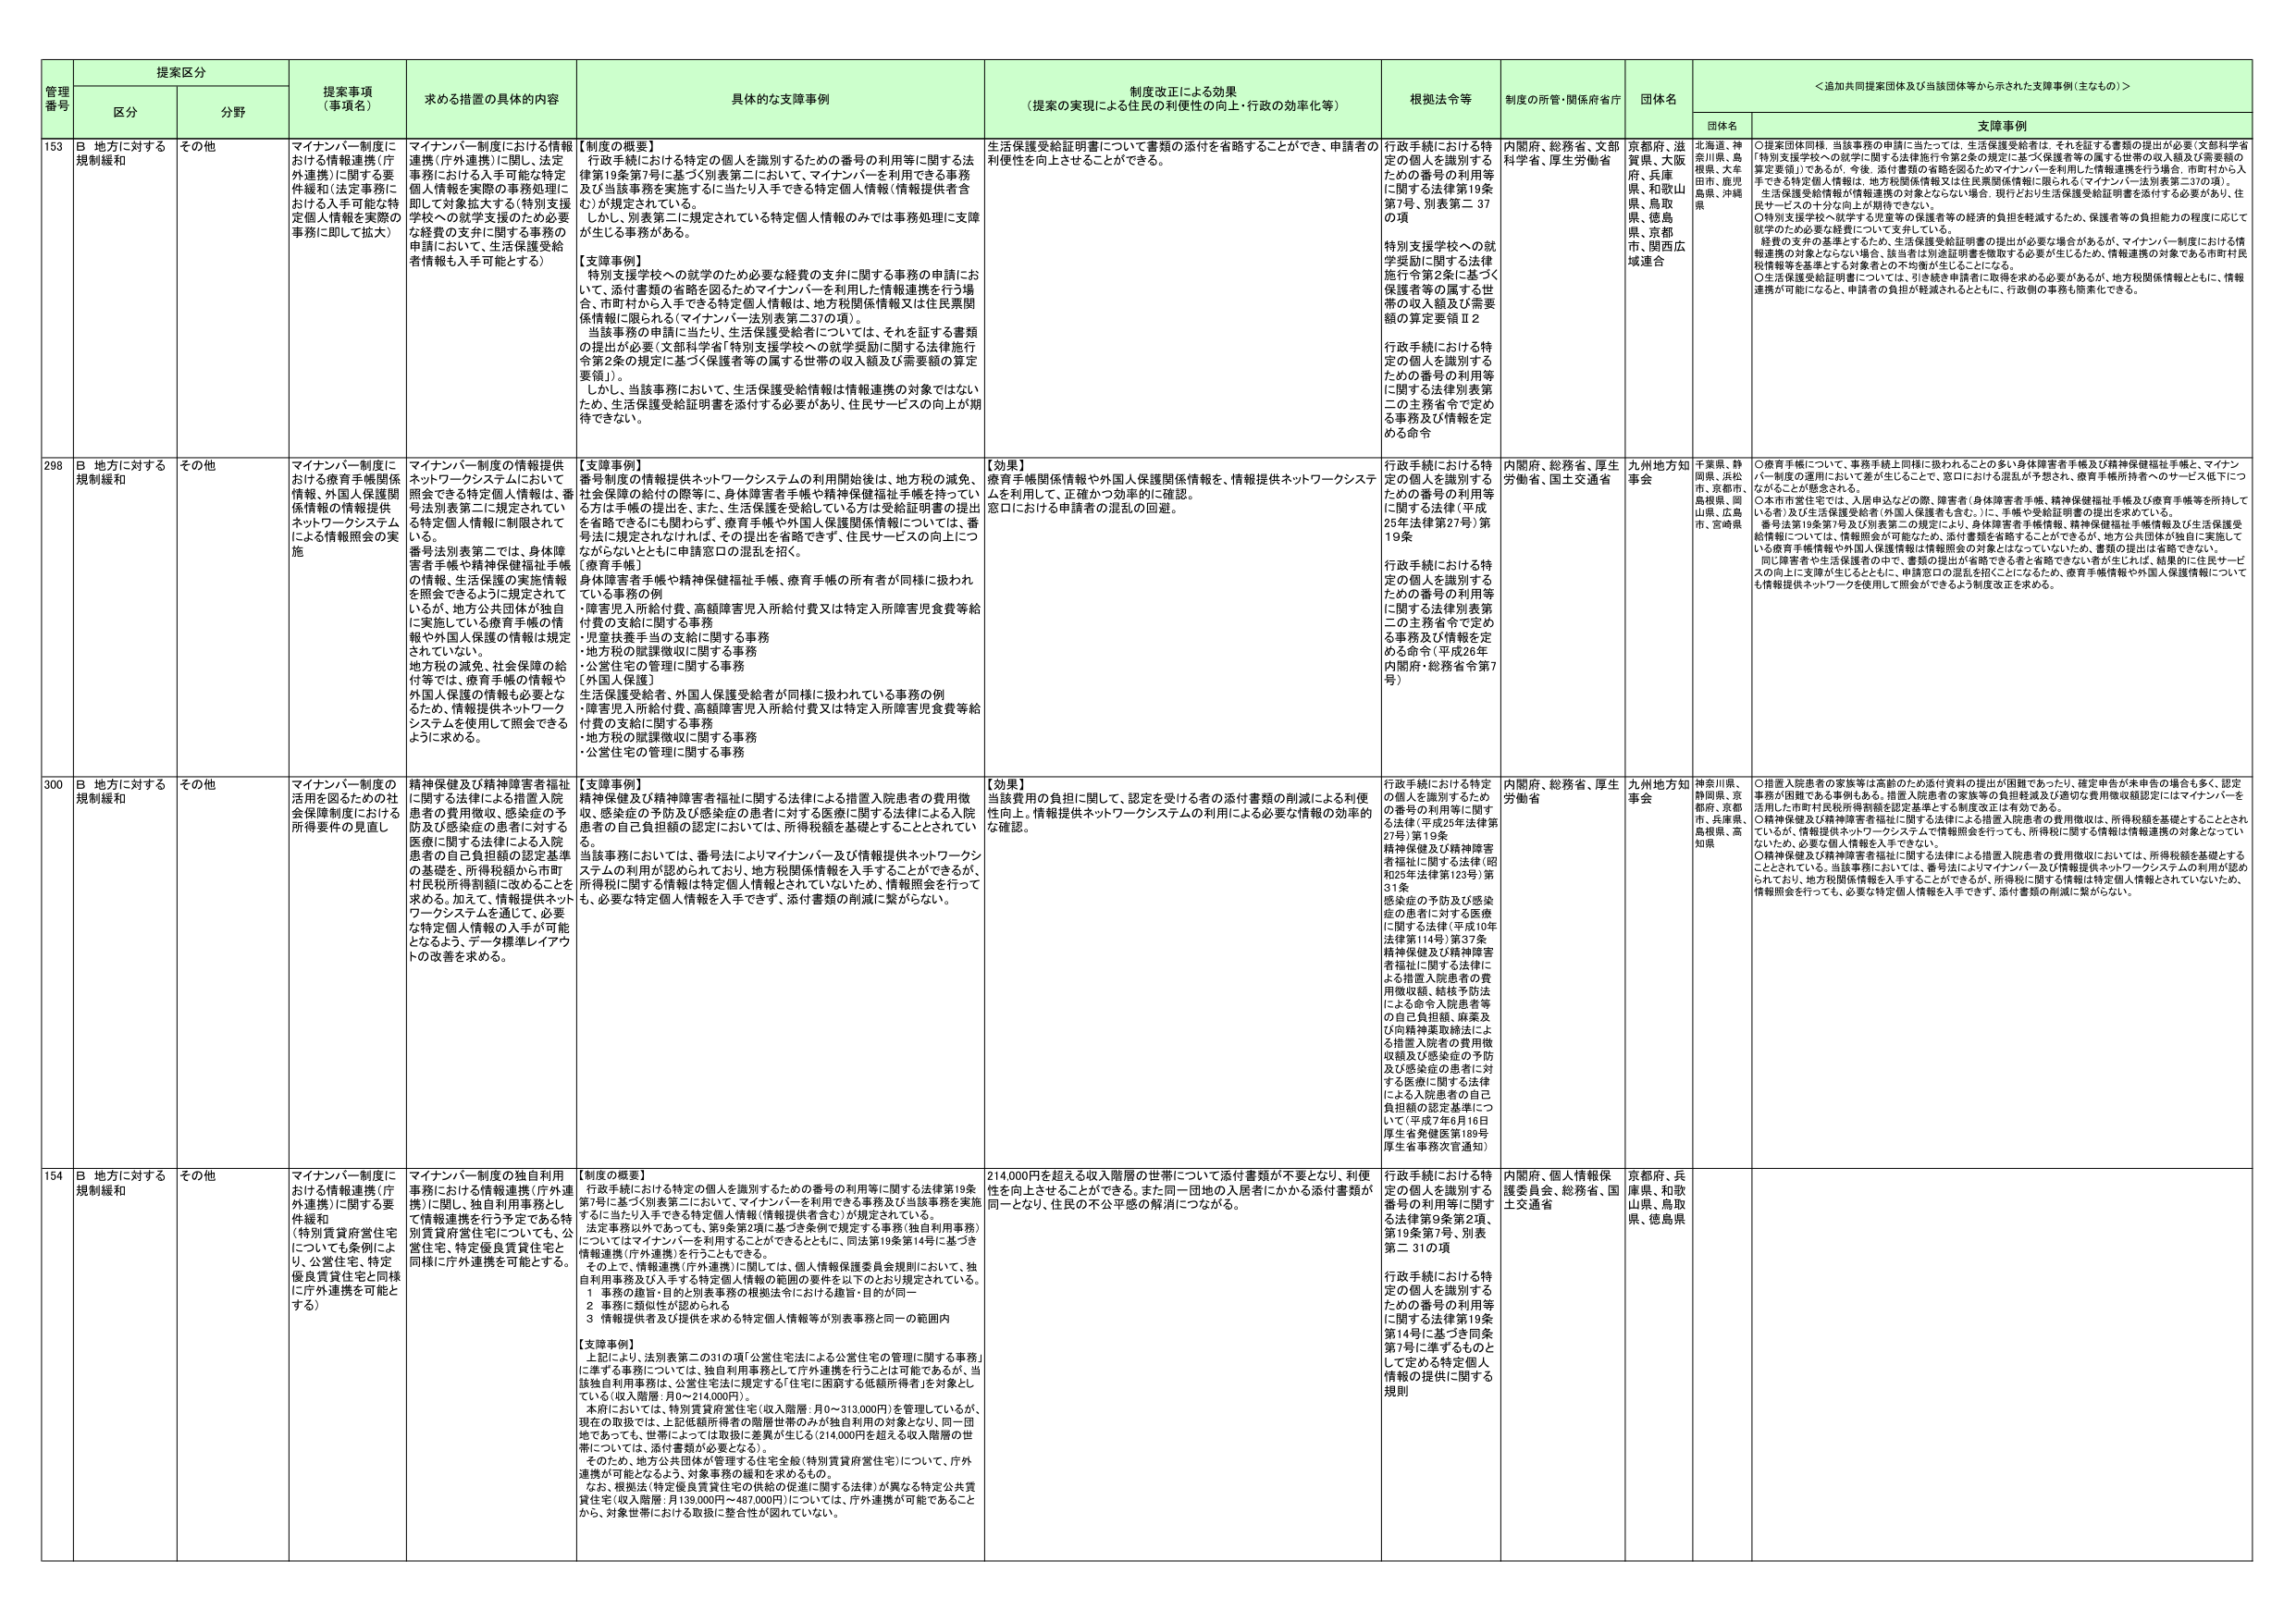
管理番号 提案区分 提案事項（事項名） 求める措置の具体的内容 具体的な支援事例 制度改正による効果（提案の実現による住民の利便性の向上・行政の効率化等） 根拠法令等 制度の所管・関係府省庁 団体名 ＜追加共同提案団体及び当該団体等から示された支援事例（主なもの）＞
区分 分野 団体名 支援事例

153 B 地方に対する規制緩和 その他 マイナンバー制度における情報連携（庁外連携）に関する要件緩和（法定事務における入手可能な特定個人情報を実際の事務に即して拡大） マイナンバー制度における情報連携（庁外連携）に関し、法定事務における入手可能な特定個人情報を実際の事務処理に即して対象拡大する（特別支援学校への就学支援のため必要な経費の支弁に関する事務の申請において、生活保護受給者情報も入手可能とする） 【制度の概要】 行政手続における特定の個人を識別するための番号の利用等に関する法律第19条第7号に基づく別表第二において、マイナンバーを利用できる事務及び当該事務を実施するに当たり入手できる特定個人情報（情報提供者含む）が規定されている。 しかし、別表第二に規定されている特定個人情報のみでは事務処理に支障が生じる事務がある。 【支援事例】 特別支援学校への就学のため必要な経費の支弁に関する事務の申請において、添付書類の省略を図るためマイナンバーを利用した情報連携を行う場合、市町村から入手できる特定個人情報は、地方税関係情報又は住民票関係情報に限られる（マイナンバー法別表第二37の項）。 当該事務の申請に当たり、生活保護受給者については、それを証する書類の提出が必要（文部科学省「特別支援学校への就学援助に関する法律施行令第2条の規定に基づく保護者等の属する世帯の収入額及び需要額の算定要領」）。 しかし、当該事務において、生活保護受給情報は情報連携の対象ではないため、生活保護受給証明書を添付する必要があり、住民サービスの向上が期待できない。 生活保護受給証明書について書類の添付を省略することができ、申請者の利便性を向上させることができる。 行政手続における特定の個人を識別するための番号の利用等に関する法律第19条第7号、別表第二37の項 特別支援学校への就学援助に関する法律施行令第2条に基づく保護者等の属する世帯の収入額及び需要額の算定要領Ⅱ2 行政手続における特定の個人を識別するための番号の利用等に関する法律別表第二の主務省令で定める事務及び情報を定める命令 内閣府、総務省、文部科学省、厚生労働省 京都府、滋賀県、大阪府、兵庫県、和歌山県、鳥取県、徳島県、京都府、関西広域連合 北海道、神奈川県、島根県、大牟田市、鹿児島県、沖縄県 ○提案団体同様、当該事務の申請に当たっては、生活保護受給者は、それを証する書類の提出が必要（文部科学省「特別支援学校への就学に関する法律施行令第2条の規定に基づく保護者等の属する世帯の収入額及び需要額の算定要領」）であるが、今後、添付書類の省略を図るためマイナンバーを利用した情報連携を行う場合、市町村から入手できる特定個人情報は、地方税関係情報又は住民票関係情報に限られる（マイナンバー法別表第二37の項）。生活保護受給情報が情報連携の対象とならない場合、現行どおり生活保護受給証明書を添付する必要があり、住民サービスの十分な向上が期待できない。 ○特別支援学校へ就学する児童等の保護者等の経済的負担を軽減するため、保護者等の負担能力の程度に応じて就学のため必要な経費について支弁している。 経費の支弁の基準とするため、生活保護受給証明書の提出が必要な場合があるが、マイナンバー制度における情報連携の対象とならない場合、該当者は別途証明書を徴収する必要が生じるため、情報連携の対象である市町村民税情報等を基準とする対象者との不均衡が生じることになる。 ○生活保護受給証明書については、当該事務申請者に取得を求める必要があるが、地方税関係情報とともに、情報連携が可能になると、申請者の負担が軽減されるとともに、行政側の事務も簡素化できる。

298 B 地方に対する規制緩和 その他 マイナンバー制度における療育手帳関係情報、外国人保護関係情報の情報提供ネットワークシステムによる情報照会の実施 マイナンバー制度の情報提供ネットワークシステムにおいて、照会できる特定個人情報は、番号法別表第二に規定されている特定個人情報に制限されている。 番号法別表第二では、身体障害者手帳や精神保健福祉手帳の情報、生活保護の実施情報を照会できるように規定されているが、地方公共団体が独自に実施している療育手帳の情報や外国人保護の情報は規定されていない。 地方税の減免、社会保障の給付等では、療育手帳の情報や外国人保護の情報も必要となるため、情報提供ネットワークシステムを使用して照会できるように求める。 【支援事例】 番号制度の情報提供ネットワークシステムの利用開始後は、地方税の減免、社会保険の給付の際等に、身体障害者手帳や精神保健福祉手帳を持っている方は手帳の提出を、また、生活保護を受給している方は受給証明書の提出を省略できるに限わらず、療育手帳や外国人保護関係情報については、番号法に規定されなければ、その提出を省略できず、住民サービスの向上につながらないとともに申請窓口の混乱を招く。 【療育手帳】 身体障害者手帳や精神保健福祉手帳、療育手帳の所有者が同様に扱われている事務の例 ・障害児入所給付費、高額障害児入所給付費又は特定入所障害児食費等給付費の支給に関する事務 ・児童扶養手当の支給に関する事務 ・地方税の賦課徴収に関する事務 ・公営住宅の管理に関する事務 【外国人保護】 生活保護受給者、外国人保護受給者が同様に扱われている事務の例 ・障害児入所給付費、高額障害児入所給付費又は特定入所障害児食費等給付費の支給に関する事務 ・地方税の賦課徴収に関する事務 ・公営住宅の管理に関する事務 【効果】 療育手帳関係情報や外国人保護関係情報を、情報提供ネットワークシステムを利用し、正確かつ効率的に確認。 窓口における申請者の混乱の回避。 行政手続における特定の個人を識別するための番号の利用等に関する法律（平成25年法律第27号）第19条 行政手続における特定の個人を識別するための番号の利用等に関する法律別表第二の主務省令で定める命令（平成26年内閣府・総務省令第7号） 内閣府、総務省、厚生労働省、国土交通省 九州地方知事会 千葉県、静岡県、浜松市、京都府、島根県、岡山県、広島市、宮崎県 ○療育手帳について、事務手続上同様に扱われることの多い身体障害者手帳及び精神保健福祉手帳と、マイナンバー制度の適用において差が生じることで、窓口における混乱が予想され、療育手帳所持者へのサービス低下につながることが懸念される。 ○本市市営住宅では、入居申込などの際、障害者（身体障害者手帳、精神保健福祉手帳及び療育手帳等を所持している者）及び生活保護受給者（外国人保護者も含む。）に、手帳や受給証明書の提出を求めている。 番号法第19条第7号及び別表第二の規定により、身体障害者手帳情報、精神保健福祉手帳情報及び生活保護受給情報については、情報照会が可能となるため、添付書類を省略することができるが、地方公共団体が独自に実施している療育手帳情報や外国人保護情報は情報照会の対象とはなっていないため、書類の提出は省略できない。 同じ障害者や生活保護者の中で、書類の提出が省略できる者と省略できない者が生じた場合は、結果的に住民サービスの向上に支障が生じるとともに、申請窓口の混乱を招くことになるため、療育手帳情報や外国人保護情報についても情報提供ネットワークを使用して照会ができるよう制度改正を求める。

300 B 地方に対する規制緩和 その他 マイナンバー制度の活用を図るための社会保険制度における所得要件の見直し 精神保健及び精神障害者福祉に関する法律による措置入院患者の費用徴収、感染症の予防及び感染症の患者に対する医療に関する法律による入院患者の自己負担額の認定基準の基礎を、所得税額から市町村民税所得割額に改めることを求める。加えて、情報提供ネットワークシステムを活用して、必要となる特定個人情報の入手が可能となるよう、データ標準レイアウトの改善を求める。 【支援事例】 精神保健及び精神障害者福祉に関する法律による措置入院患者の費用徴収、感染症の予防及び感染症の患者に対する医療に関する法律による入院患者の自己負担額の認定においては、所得税額を基礎とすることとされてい る。 当該事務においては、番号法によりマイナンバー及び情報提供ネットワークシステムの利用が認められており、地方税関係情報を入手することができるが、所得税に関する情報は特定個人情報とされていないため、情報照会を行っても、必要な特定個人情報を入手できず、添付書類の削減に繋がらない。 【効果】 当該費用の負担に関して、認定を受ける者の添付書類の削減による利便性向上。情報提供ネットワークシステムの利用による必要な情報の効率的な確認。 行政手続における特定の個人を識別するための番号の利用等に関する法律（平成25年法律第27号）第19条 精神保健及び精神障害者福祉に関する法律（昭和25年法律第123号）第31条 感染症の予防及び感染症の患者に対する医療に関する法律（平成10年法律第114号）第37条 精神保健及び精神障害者福祉に関する法律による措置入院患者の費用徴収額、給扱予防法による命令入院患者等の自己負担額、麻薬及び向精神薬取締法による措置入院者の費用徴収額及び感染症の予防及び感染症の患者に対する医療に関する法律による入院患者の自己負担額の認定基準について（平成7年6月16日厚生省発健医第189号厚生省事務次官通知） 内閣府、総務省、厚生労働省 九州地方知事会 神奈川県、静岡県、京都府、京都府、兵庫県、島根県、高知県 ○措置入院患者の家族等は高齢のため添付資料の提出が困難であったり、確定申告が未申告の場合も多く、認定事務が困難である事例もある。措置入院患者の家族等の負担軽減及び適切な費用徴収額認定にはマイナンバーを活用した市町村民税所得割額を認定基準とする制度改正は有効である。 ○精神保健及び精神障害者福祉に関する法律による措置入院患者の費用徴収は、所得税額を基礎とすることとされてい るが、情報提供ネットワークシステムで情報照会を行っても、所得税に関する情報は情報連携の対象となっていないため、必要な個人情報を入手できない。 ○精神保健及び精神障害者福祉に関する法律による措置入院患者の費用徴収においては、所得税額を基礎とすることとされている。当該事務においては、番号法によりマイナンバー及び情報提供ネットワークシステムの利用が認められており、地方税関係情報を入手することができるが、所得税に関する情報は特定個人情報とされていないため、情報照会を行っても、必要な特定個人情報を入手できず、添付書類の削減に繋がらない。

154 B 地方に対する規制緩和 その他 マイナンバー制度における情報連携（庁外連携）に関する要件緩和（特別賃貸政府営住宅についても条例により、公営住宅、特定優良賃貸住宅と同様に庁外連携を可能とする） マイナンバー制度の独自利用事務における情報連携（庁外連携）に関し、独自利用事務として情報連携を行う予定である特別賃貸府営住宅についても、公営住宅、特定優良賃貸住宅と同様に庁外連携を可能とする。 【制度の概要】 行政手続における特定の個人を識別するための番号の利用等に関する法律第19条第7号に基づく別表第二において、マイナンバーを利用できる事務及び当該事務を実施するに当たり入手できる特定個人情報（情報提供者含む）が規定されている。 法定事務以外であっても、第9条第2項に基づき条例で規定する事務（独自利用事務）についてはマイナンバーを利用することができるとともに、同法第19条第14号に基づき情報連携（庁外連携）を行うことができる。 その上で、情報連携（庁外連携）に関しては、個人情報保護委員会規則において、独自利用事務及び入手する特定個人情報の範囲の要件を以下のとおり規定されている。 1 事務の趣旨・目的と別表事務の根拠法令における趣旨・目的が同一 2 事務に類似性が認められる 3 情報提供者及び提供を求める特定個人情報等が別表事務と同一の範囲内 【支援事例】 上記により、法別表第二の31の項「公営住宅法による公営住宅の管理に関する事務」に準ずる事務については、独自利用事務として庁外連携を行うことは可能であるが、当該独自利用事務は、公営住宅法に規定する「住宅に困窮する低額所得者」を対象としている（収入階層：月0～214,000円）。 本府においては、特別賃貸府営住宅（収入階層：月0～313,000円）を管理しているが、現在の取扱では、上記低額所得者の階層世帯のみが独自利用の対象となり、同一団地であっても、世帯によっては取扱に差異が生じる（214,000円を超える収入階層の世帯については、添付書類が必要となる）。 そのため、地方公共団体が管理する住宅全般（特別賃貸府営住宅）について、庁外連携が可能となるよう、対象事務の緩和を求めるもの。 なお、根拠法（特定優良賃貸住宅の供給の促進に関する法律）が異なる特定公共賃貸住宅（収入階層：月139,000円～487,000円）については、庁外連携が可能であることから、対象世帯における取扱に整合性が図れていない。 214,000円を超える収入階層の世帯について添付書類が不要となり、利便性を向上させることができる。また同一団地の入居者にかかる添付書類が同一となり、住民の不公平感の解消につながる。 行政手続における特定の個人を識別する番号の利用等に関する法律第9条第2項、第19条第7号、別表第二31の項 行政手続における特定の個人を識別するための番号の利用等に関する法律第19条第14号に基づき同条第7号に準ずるものとして定める特定個人情報の提供に関する規則 内閣府、個人情報保護委員会、総務省、国土交通省 京都府、兵庫県、和歌山県、鳥取県、徳島県